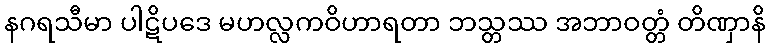
နဂရသီမာ ပါဋိပဒေ မဟလ္လကဝိဟာရတာ ဘသ္တဿ အဘာဝတ္တံ တိဏှာနိ